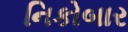
નિકોબાર